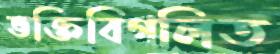
ভক্তিবিগলিত